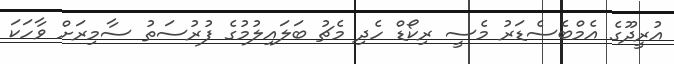
އުރީދޫގެ އެމްބެސެޑަރު މެސީ ރިކޯޑް ހެދި މެޗު ބަލައިލުމުގެ ފުރުސަތު ސާމިރަށް ވާހަކަ